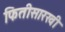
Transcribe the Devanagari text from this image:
फितीसारखी